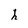
Character: h